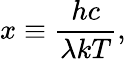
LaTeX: x\equiv{\frac{hc}{\lambda kT}},